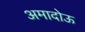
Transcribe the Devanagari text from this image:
अमादोऊ